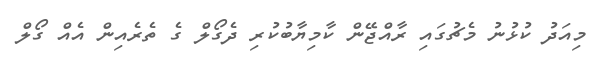
މިއަދު ކުޅުނު މެޗުގައި ރާއްޖޭން ކާމިޔާބުކުރި ދެގޯލް ގެ ތެރެއިން އެއް ގޯލް